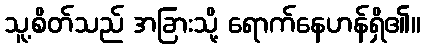
သူ့စိတ်သည် အခြားသို့ ရောက်နေဟန်ရှိ၏။